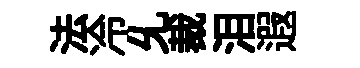
法冷𠃔裁泪遐